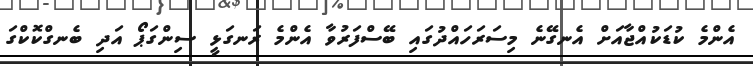
އެންމެ ކުޑަކުއްޖާއަށް އެނގޭނެ މިސަރަހައްދުގައި ބޭސްފަރުވާ އެންމެ ރަނގަޅީ ސިންގަޕޯ އަދި ބެނގްކޮކްގަ